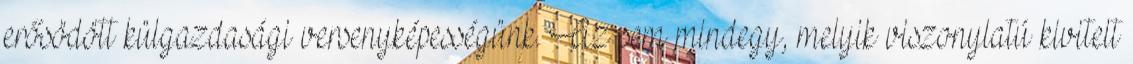
erősödött külgazdasági versenyképességünk. Az sem mindegy, melyik viszonylatú kivitelt